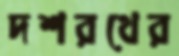
দশরথের